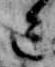
亡